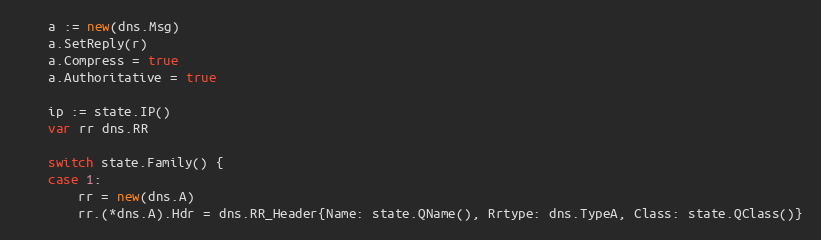
Language: Go
	a := new(dns.Msg)
	a.SetReply(r)
	a.Compress = true
	a.Authoritative = true

	ip := state.IP()
	var rr dns.RR

	switch state.Family() {
	case 1:
		rr = new(dns.A)
		rr.(*dns.A).Hdr = dns.RR_Header{Name: state.QName(), Rrtype: dns.TypeA, Class: state.QClass()}